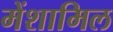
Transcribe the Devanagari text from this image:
मेंशामिल